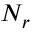
N _ { r }